Report on plague and inoculation in the Punjab from October 1st ... to September 30th..., being the ... season of plague in the province
Disease focus: Plague
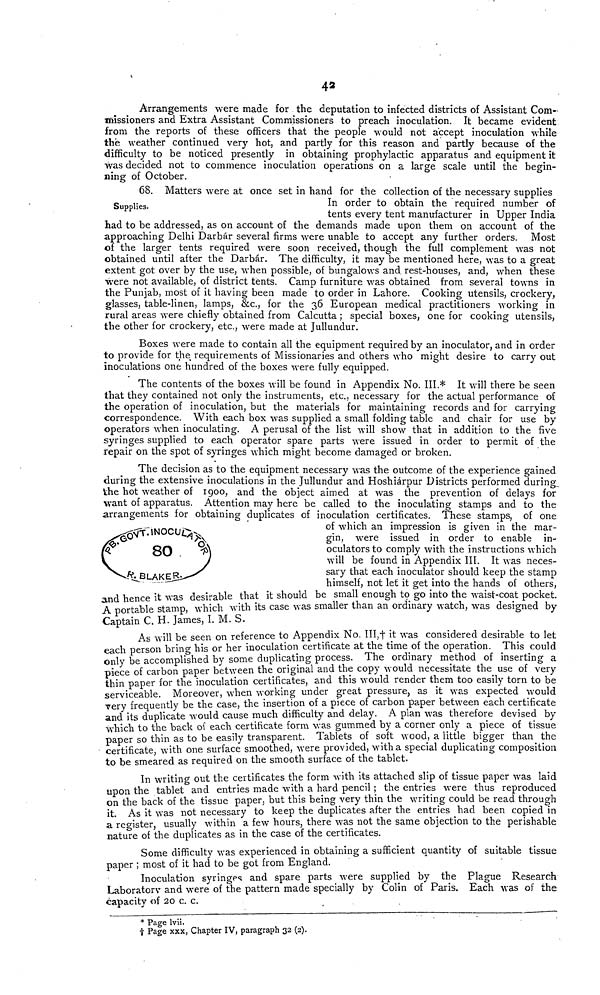
42
Arrangements were made for the deputation to infected districts of Assistant Com-
missioners and Extra Assistant Commissioners to preach inoculation. It became evident
from the reports of these officers that the people would not accept inoculation while
the weather continued very hot, and partly for this reason and partly because of the
difficulty to be noticed presently in obtaining prophylactic apparatus and equipment it
was decided not to commence inoculation operations on a large scale until the begin-
ning of October.
Supplies.
68. Matters were at once set in hand for the collection of the necessary supplies
In order to obtain the required number of
tents every tent manufacturer in Upper India
had to be addressed, as on account of the demands made upon them on account of the
approaching Delhi Darbár several firms were unable to accept any further orders. Most
of the larger tents required were soon received, though the full complement was not
obtained until after the Darbár. The difficulty, it may be mentioned here, was to a great
extent got over by the use, when possible, of bungalows and rest-houses, and, when these
were not available, of district tents. Camp furniture was obtained from several towns in
the Punjab, most of it having been made to order in Lahore. Cooking utensils, crockery,
glasses, table-linen, lamps, &c., for the 36 European medical practitioners working in
rural areas were chiefly obtained from Calcutta ; special boxes, one for cooking utensils,
the other for crockery, etc., were made at Jullundur.
Boxes were made to contain all the equipment required by an inoculator, and in order
to provide for the requirements of Missionaries and others who might desire to carry out
inoculations one hundred of the boxes were fully equipped.
The contents of the boxes will be found in Appendix No. III.* It will there be seen
that they contained not only the instruments, etc., necessary for the actual performance of
the operation of inoculation, but the materials for maintaining records and for carrying
correspondence. With each box was supplied a small folding table and chair for use by
operators when inoculating. A perusal of the list will show that in addition to the five
syringes supplied to each operator spare parts were issued in order to permit of the
repair on the spot of syringes which might become damaged or broken.
80
The decision as to the equipment necessary was the outcome of the experience gained
during the extensive inoculations in the Jullundur and Hoshiárpur Districts performed during
the hot weather of 1900, and the object aimed at was the prevention of delays for
want of apparatus. Attention may here be called to the inoculating stamps and to the
arrangements for obtaining duplicates of inoculation certificates. These stamps, of one
of which an impression is given in the mar-
gin, were issued in order to enable in-
oculators to comply with the instructions which
will be found in Appendix III. It was neces-
sary that each inoculator should keep the stamp
himself, not let it get into the hands of others,
and hence it was desirable that it should be small enough to go into the waist-coat pocket.
A portable stamp, which with its case was smaller than an ordinary watch, was designed by
Captain C. H. James, I. M. S.
As will be seen on reference to Appendix No. III,+ it was considered desirable to let
each person bring his or her inoculation certificate at the time of the operation. This could
only be accomplished by some duplicating process. The ordinary method of inserting a
piece of carbon paper between the original and the copy would necessitate the use of very
thin paper for the inoculation certificates, and this would render them too easily torn to be
serviceable. Moreover, when working under great pressure, as it was expected would
very frequently be the case, the insertion of a piece of carbon paper between each certificate
and its duplicate would cause much difficulty and delay. A plan was therefore devised by
which to the back of each certificate form was gummed by a corner only a piece of tissue
paper so thin as to be easily transparent. Tablets of soft wood, a little bigger than the
certificate, with one surface smoothed, were provided, with a special duplicating composition
to be smeared as required on the smooth surface of the tablet.
In writing out the certificates the form with its attached slip of tissue paper was laid
upon the tablet and entries made with a hard pencil ; the entries were thus reproduced
on the back of the tissue paper, but this being very thin the writing could be read through
it As it was not necessary to keep the duplicates after the entries had been copied in
a register, usually within a few hours, there was not the same objection to the perishable
nature of the duplicates as in the case of the certificates.
Some difficulty was experienced in obtaining a sufficient quantity of suitable tissue
paper ; most of it had to be got from England.
Inoculation syringes and spare parts were supplied by the Plague Research
Laboratory and were of the pattern made specially by Colin of Paris. Each was of the
capacity of 20 c. c.
* Page lvii.
t Page xxx, Chapter IV, paragraph 32 (2).